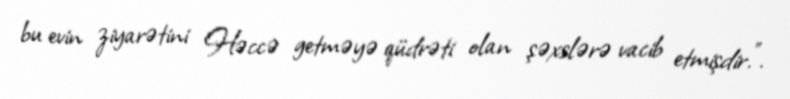
bu evin ziyarətini Həccə getməyə qüdrəti olan şəxslərə vacib etmişdir.".